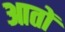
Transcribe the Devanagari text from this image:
आतों